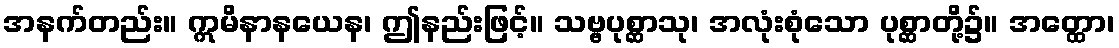
အနက်တည်း။ ဣမိနာနယေန၊ ဤနည်းဖြင့်။ သဗ္ဗပုစ္ဆာသု၊ အလုံးစုံသော ပုစ္ဆာတို့၌။ အတ္ထော၊